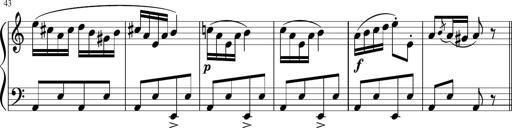
Title: 4 Sonatinas
Composer: Jacob Schmitt